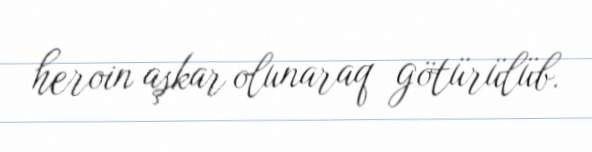
heroin aşkar olunaraq götürülüb.